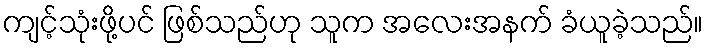
ကျင့်သုံးဖို့ပင် ဖြစ်သည်ဟု သူက အလေးအနက် ခံယူခဲ့သည်။